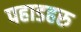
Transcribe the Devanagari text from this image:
पहाडहरु